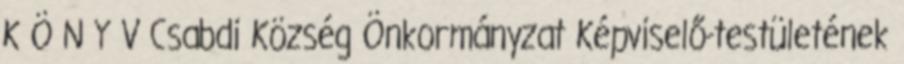
K Ö N Y V Csabdi Község Önkormányzat Képviselő-testületének